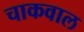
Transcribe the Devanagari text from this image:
चाकवाल